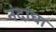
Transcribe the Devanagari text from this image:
नंदांचा